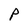
Character: P